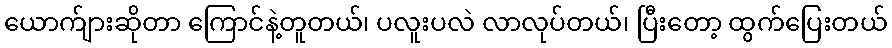
ယောက်ျားဆိုတာ ကြောင်နဲ့တူတယ်၊ ပလူးပလဲ လာလုပ်တယ်၊ ပြီးတော့ ထွက်ပြေးတယ်